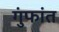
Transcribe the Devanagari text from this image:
गुंफांत